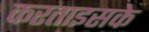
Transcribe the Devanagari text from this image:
करताइसके